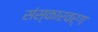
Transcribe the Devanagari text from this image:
संस्कारवर्ग